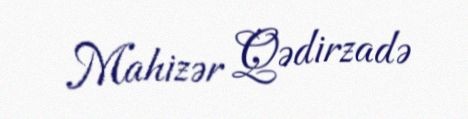
Mahizər Qədirzadə